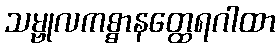
သမ္ဗုလကစ္စာနတ္ထေရဂါထာ